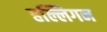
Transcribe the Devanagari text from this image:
हल्लिगन